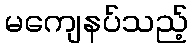
မကျေနပ်သည့်